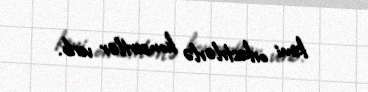
kimi orkestrlərlə konsertlər verib.